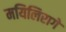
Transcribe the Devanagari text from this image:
मयिलिरागे